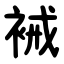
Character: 裓